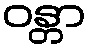
ဝန္တာ